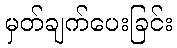
မှတ်ချက်ပေးခြင်း